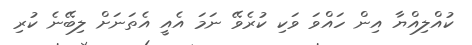
ކުއްލިއްޔާ އިން ހައްވަ ވަކި ކުރެވޭ ނަމަ އެއީ އެތަނަށް ލިބޭނެ ކުރި